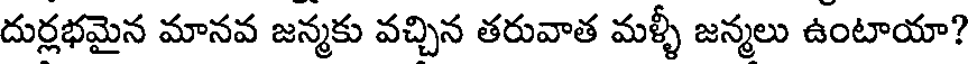
దుర్లభమైన మానవ జన్మకు వచ్చిన తరువాత మళ్ళీ జన్మలు ఉంటాయా?